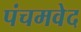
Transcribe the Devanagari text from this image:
पंचमवेद